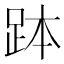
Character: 𧿾